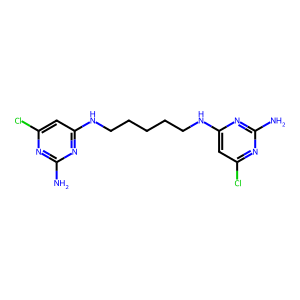
SMILES: Nc1nc(Cl)cc(NCCCCCNc2cc(Cl)nc(N)n2)n1
Inhibits HIV replication: No